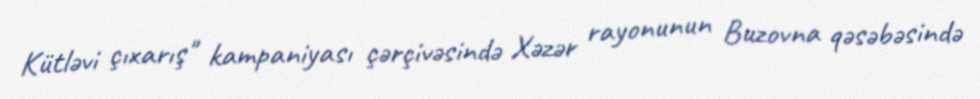
Kütləvi çıxarış" kampaniyası çərçivəsində Xəzər rayonunun Buzovna qəsəbəsində